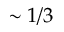
\sim 1 / 3